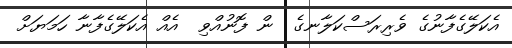
އެކަލޭގެފާނުގެ ވެރިރަސްކަލާނގެ  ން ފޮނުއްވި  އެއް އެކަލޭގެފާނާ ހަމަޔަށް